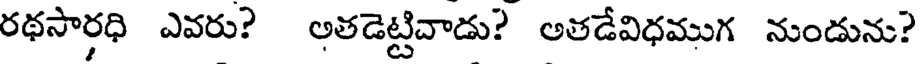
రథసారధి ఎవరు? అతడెట్టివాడు? అతడేవిధముగ నుండును?